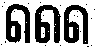
၈၈၈